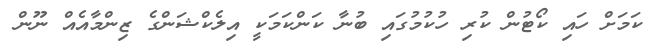
ކަމަށް ހައި ކޯޓުން ކުރި ހުކުމުގައި ބުނާ ކަންކަމަކީ އިލެކްޝަންގެ ޒިންމާއެއް ނޫން